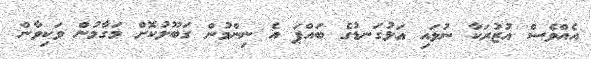
އެއްވެސް އުޒުރަކާ ނުލައި އަޅުގަނޑުގެ ބައްޕަ އެ ނިންމުން ގަބޫލުކޮށް މަގާމުން ވަކިވާން